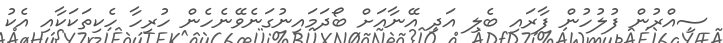
ސިއްރުން ފުލުހުން ފާރަައި ބެލި އަދި އޭނާއަށް ބޯދަމައިނުގަނެވޭނެހެން ހުރިހާ ހެކިތަކަކާއި އެކު